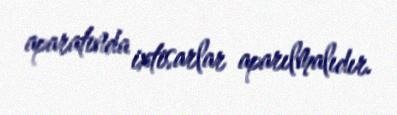
aparatında ixtisarlar aparılmalıdır.